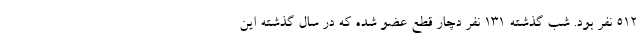
۵۱۲ نفر بود. شب گذشته ۱۳۱ نفر دچار قطع عضو شده که در سال گذشته این